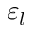
\varepsilon _ { l }